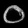
Digit: ၀